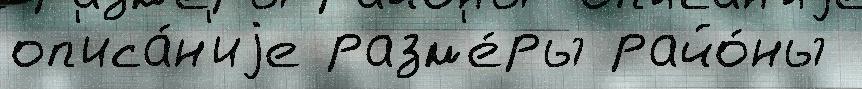
оп'иса́н'иjе разм'е́ры райо́ны